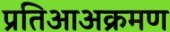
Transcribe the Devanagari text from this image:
प्रतिआअक्रमण